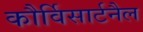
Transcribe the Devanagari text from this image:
कौर्विसार्टनैल